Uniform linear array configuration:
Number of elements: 12
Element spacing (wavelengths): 1
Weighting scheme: kaiser
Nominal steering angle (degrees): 45
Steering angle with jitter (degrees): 46.12
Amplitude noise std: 0.05
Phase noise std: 0.05

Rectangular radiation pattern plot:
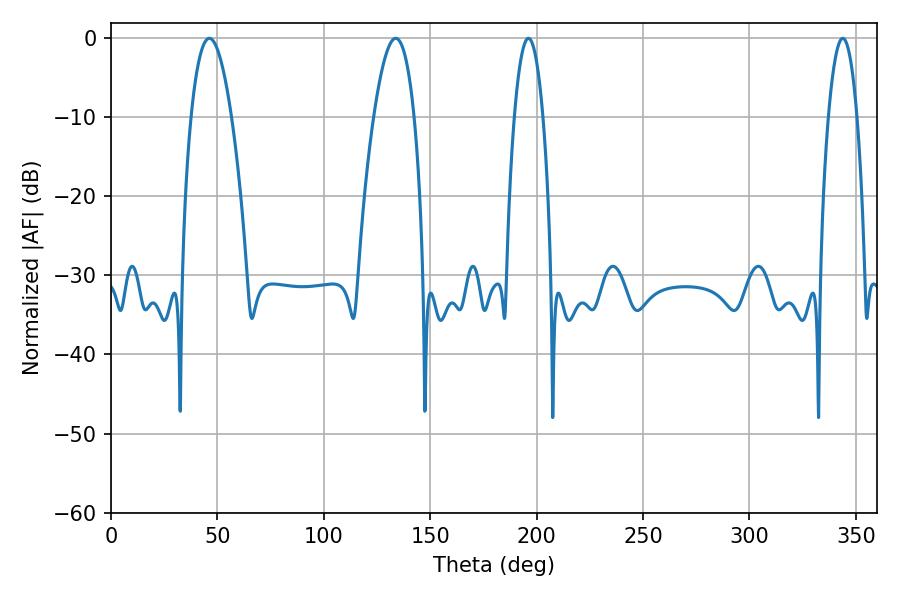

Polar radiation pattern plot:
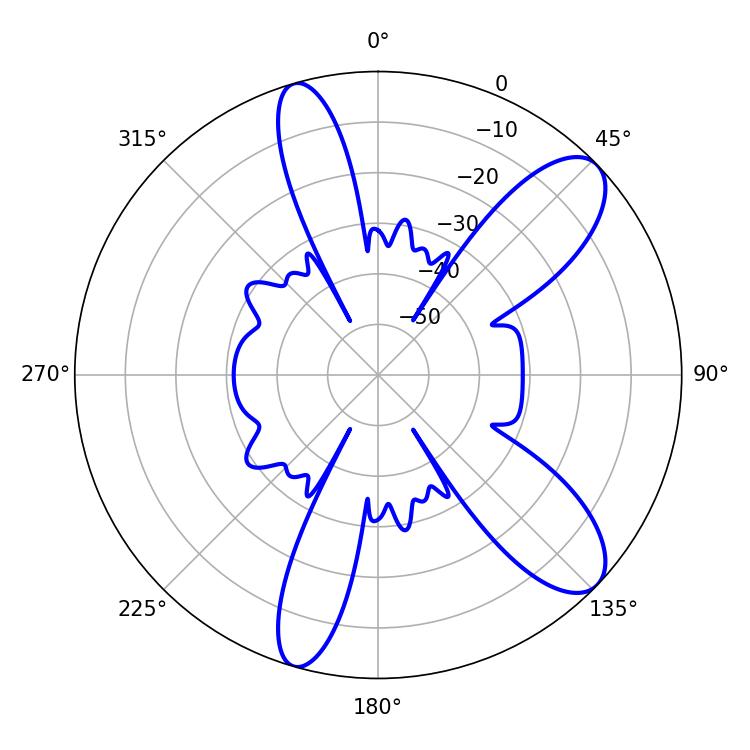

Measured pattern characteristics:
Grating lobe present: TRUE
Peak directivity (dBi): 9.861
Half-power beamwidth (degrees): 10.44
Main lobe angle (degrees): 46.26